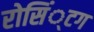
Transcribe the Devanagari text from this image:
रोसिं्टग